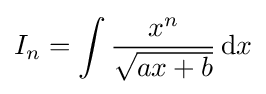
I_{n}=\int {\frac {x^{n}}{\sqrt {ax+b}}}\,{\text{d}}x\,\!